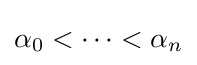
\alpha _{0}<\dots <\alpha _{n}